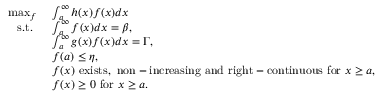
\begin{array} { r l } { \operatorname* { m a x } _ { f } \ } & { \int _ { a } ^ { \infty } h ( x ) f ( x ) d x } \\ { \mathrm { s . t . } \ \ } & { \int _ { a } ^ { \infty } f ( x ) d x = \beta , } \\ & { \int _ { a } ^ { \infty } g ( x ) f ( x ) d x = \Gamma , } \\ & { f ( a ) \leq \eta , } \\ & { f ( x ) \ \mathrm { e x i s t s , ~ n o n - i n c r e a s i n g ~ a n d ~ r i g h t - c o n t i n u o u s ~ f o r ~ } x \geq a , } \\ & { f ( x ) \geq 0 \ \mathrm { f o r } \ x \geq a . } \end{array}